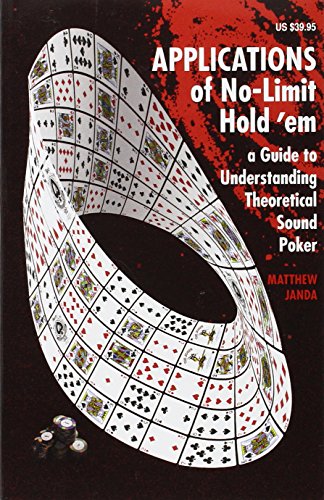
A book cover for Applications of No-Limit Hold em; Matthew Janda; Humor & Entertainment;